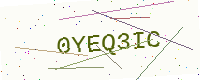
Text: 0YEQ3IC